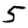
Digit: 5